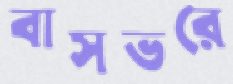
বাসভরে